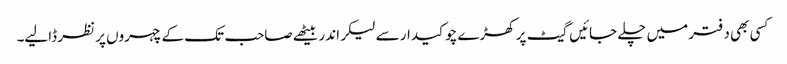
کسی بھی دفتر میں چلے جائیں گیٹ پر کھڑے چوکیدار سے لیکر اندر بیٹھے صاحب تک کے چہروں پر نظر ڈالیے۔